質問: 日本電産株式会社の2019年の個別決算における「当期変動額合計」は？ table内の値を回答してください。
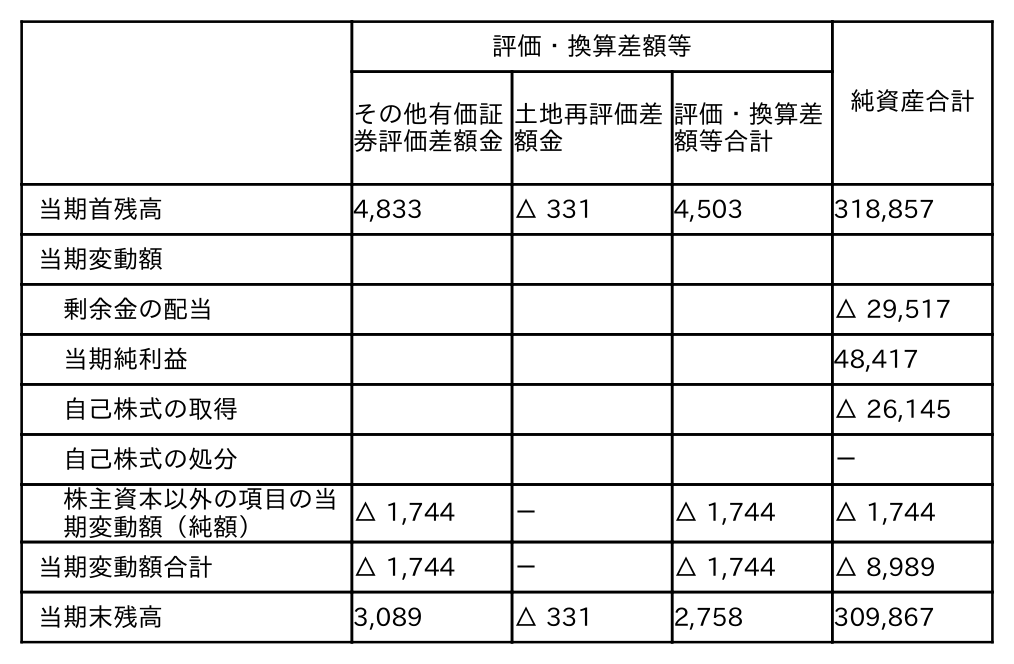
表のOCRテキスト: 評価・換算差額等 純資産合計 その他有価証 券評価差額金 土地再評価差 額金 評価・換算差 額等合計 当期首残高 4,833 △ 331 4,503 318,857 当期変動額 剰余金の配当 △ 29,517 当期純利益 48,417 自己株式の取得 △ 26,145 自己株式の処分 － 株主資本以外の項目の当 期変動額（純額） △ 1,744 － △ 1,744 △ 1,744 当期変動額合計 △ 1,744 － △ 1,744 △ 8,989 当期末残高 3,089 △ 331 2,758 309,867
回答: △8,989